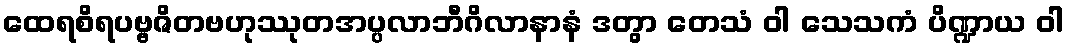
ထေရစိရပဗ္ဗဇိတဗဟုဿုတအပ္ပလာဘီဂိလာနာနံ ဒတွာ တေသံ ဝါ သေသကံ ပိဏ္ဍာယ ဝါ